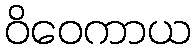
ဝိဝေကာယ